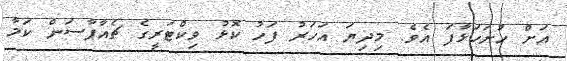
އަށް ހުށަހަޅާފަ އެވެ. މިދިޔަ އަހަރު ފަހު ކޮޅު ވިކްޓަރީގެ ޗެއާޕާސަން ކަމާ